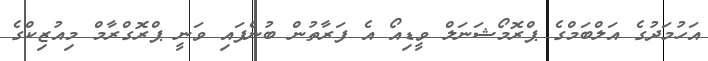
އަހުމަދުގެ އަލްބަމްގެ ޕްރޮމޯޝަނަލް ވީޑިއޯ އެ ފަރާތުން ބުނެފައި ވަނީ ޕްރޮގްރާމް މިއުޒިކްގެ